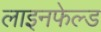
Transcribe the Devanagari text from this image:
लाइनफेल्ड